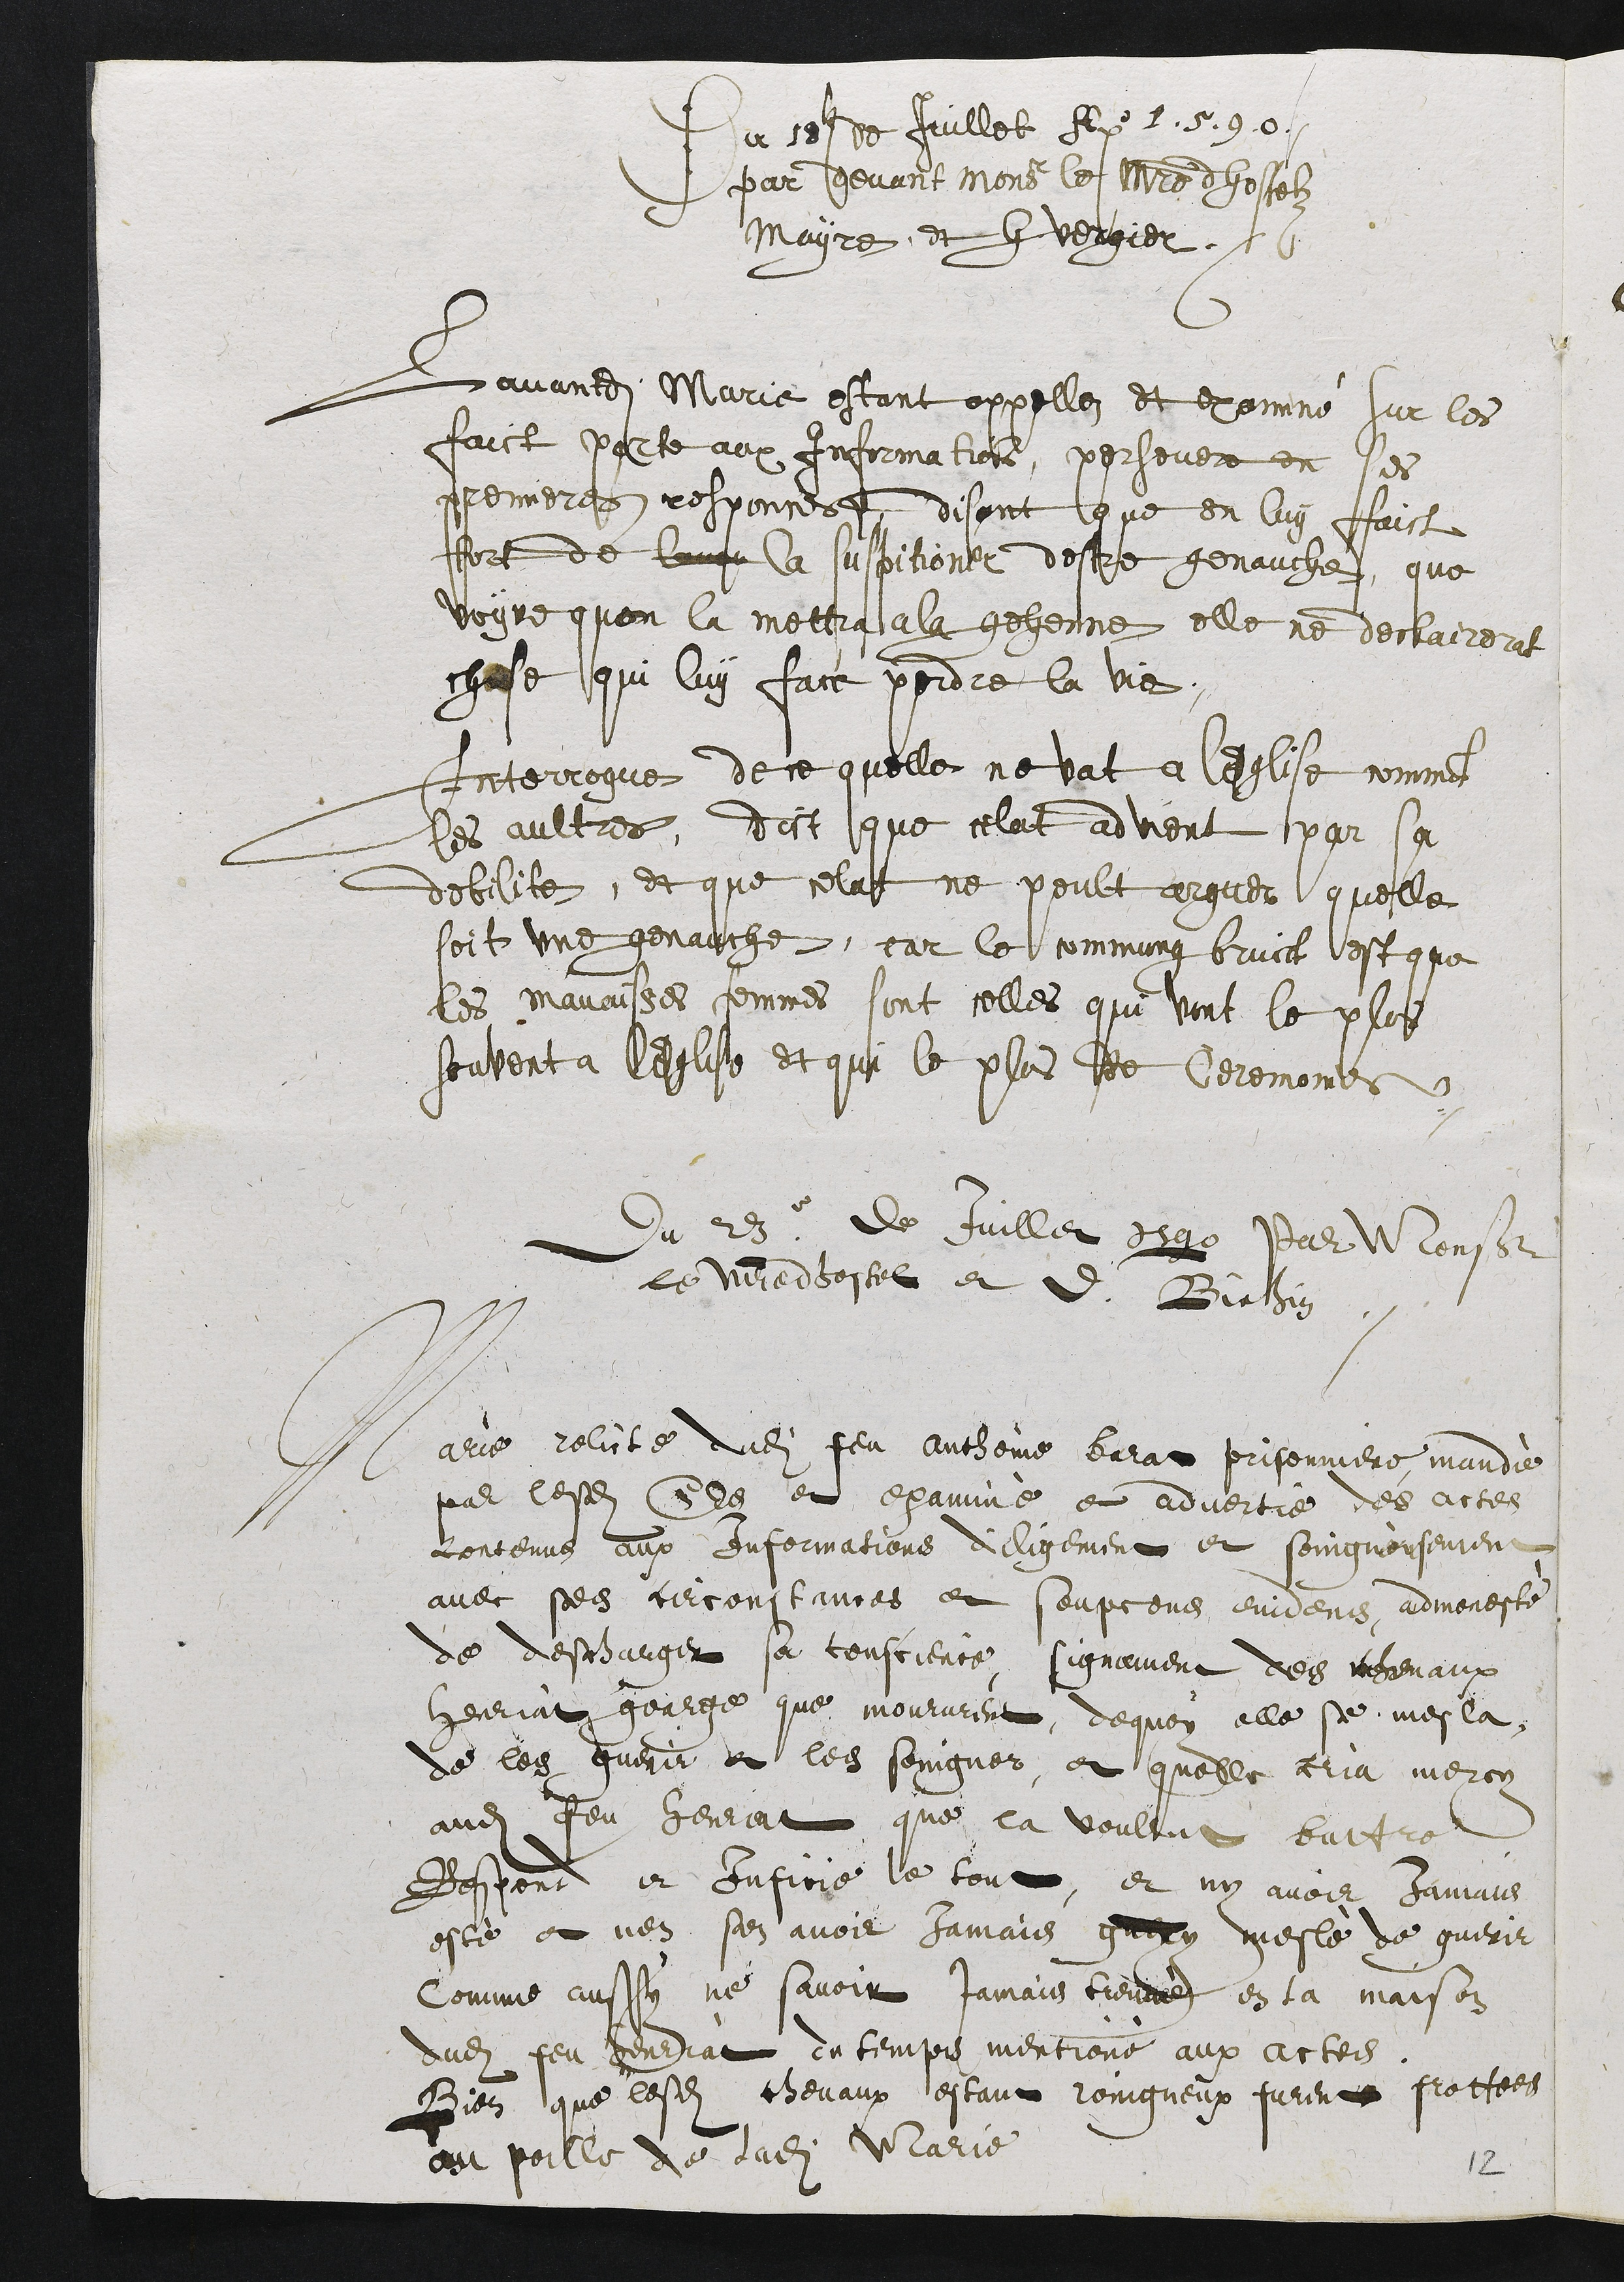
Du 15t de Juillet Alnxo 2. 5.90
par dhevant more le Naoitre dhostelz
Mayre et fvergier
Jamandi Marie estant appellez et exomié sur les
faict parte aux information, porsever en ses
gremere, responnes disant que en luy faict
etort de laupr la suspitioner destrse genauche, que
voyre quon la mettra ala gehenne elle ne declairent
chase qui luy face perdre la vie.
Interrogue de ce quelle ne vat à leglise commen
les aultres, dict que celat advient par sa
debilite, et que celat ne poult argner quelle
soit une genauche, car le commung bruict est que
les manaishes femmes sont celles qui vint le plus
souvent à lhflise et qui le plus ete Geremoners
Du 28. de Juillet dege var Monseur
le mredhostel et d Birhn
Marie relite dudit feu authone beur prisonnere maidie
par lesdits Ces et examiné et advestre des actes
contenus aux enformations diligement et soingnonsement
avec ses firconstances et soupcons enidens, admoneste
de despoarger sa conscience signament des ihevaux
geeriat goarge que moururent, dequoy elle se mes la
de les gurir et les soingnos, et quelle cria meroy
audit feu Henrat que la voultut battre
Respond et infine le tout, et ny avoir Jamais
este ot nen sen avoit Jamais guey vesle de guerir
comme aussy ne savoir Jamais treuar en la maison
dudit feu gendiat en temps mentions aux actes
Bien que lesdits chevaux estant roingneux furente prottes
au poille de ladite Marie